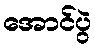
အောင်ပွဲ